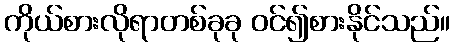
ကိုယ်စားလိုရာတစ်ခုခု ဝင်၍စားနိုင်သည်။